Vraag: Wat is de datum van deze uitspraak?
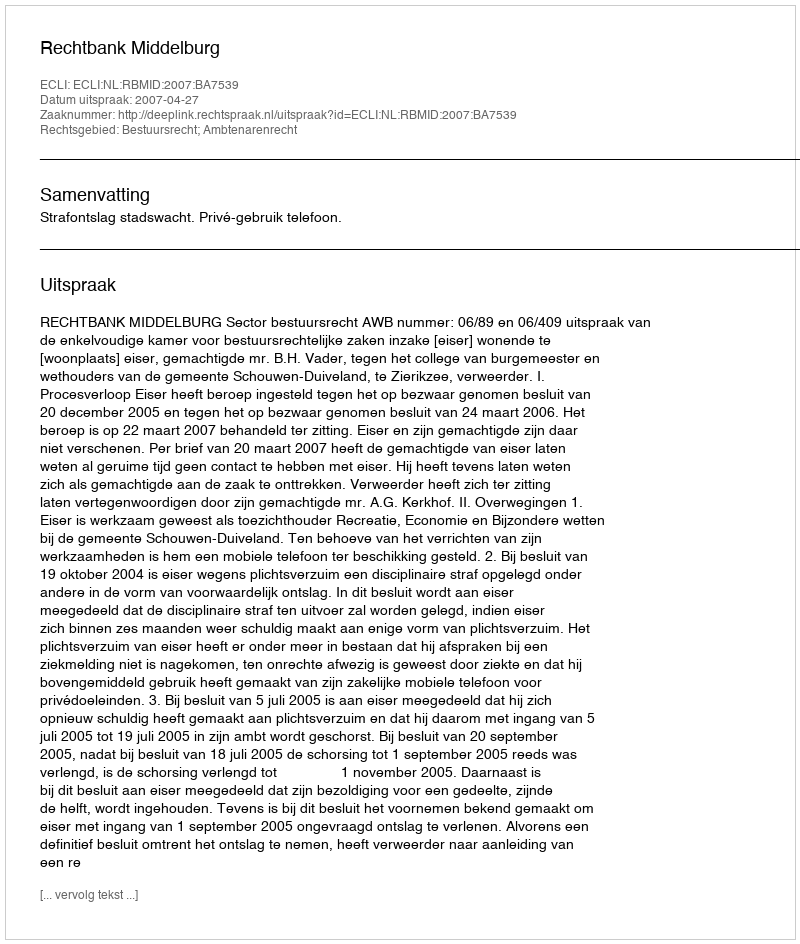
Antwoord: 2007-04-27